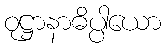
ဝုဋ္ဌာနာဓိပ္ပါယော